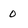
Character: 0